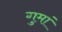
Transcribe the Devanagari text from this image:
गुमां